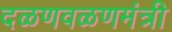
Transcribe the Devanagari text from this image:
दळणवळणमंत्री